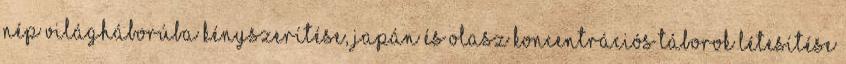
nép világháborúba kényszerítése, japán és olasz koncentrációs táborok létesítése